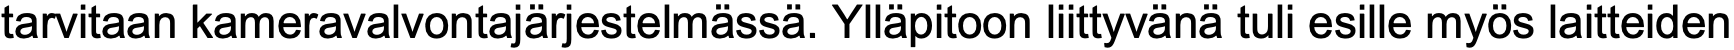
tarvitaan kameravalvontajärjestelmässä. Ylläpitoon liittyvänä tuli esille myös laitteiden